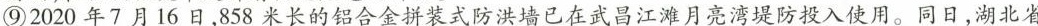
⑨2020年7月16日，858米长的铝合金拼装式防洪墙已在武昌江滩月亮湾堤防投入使用。同日，湖北省